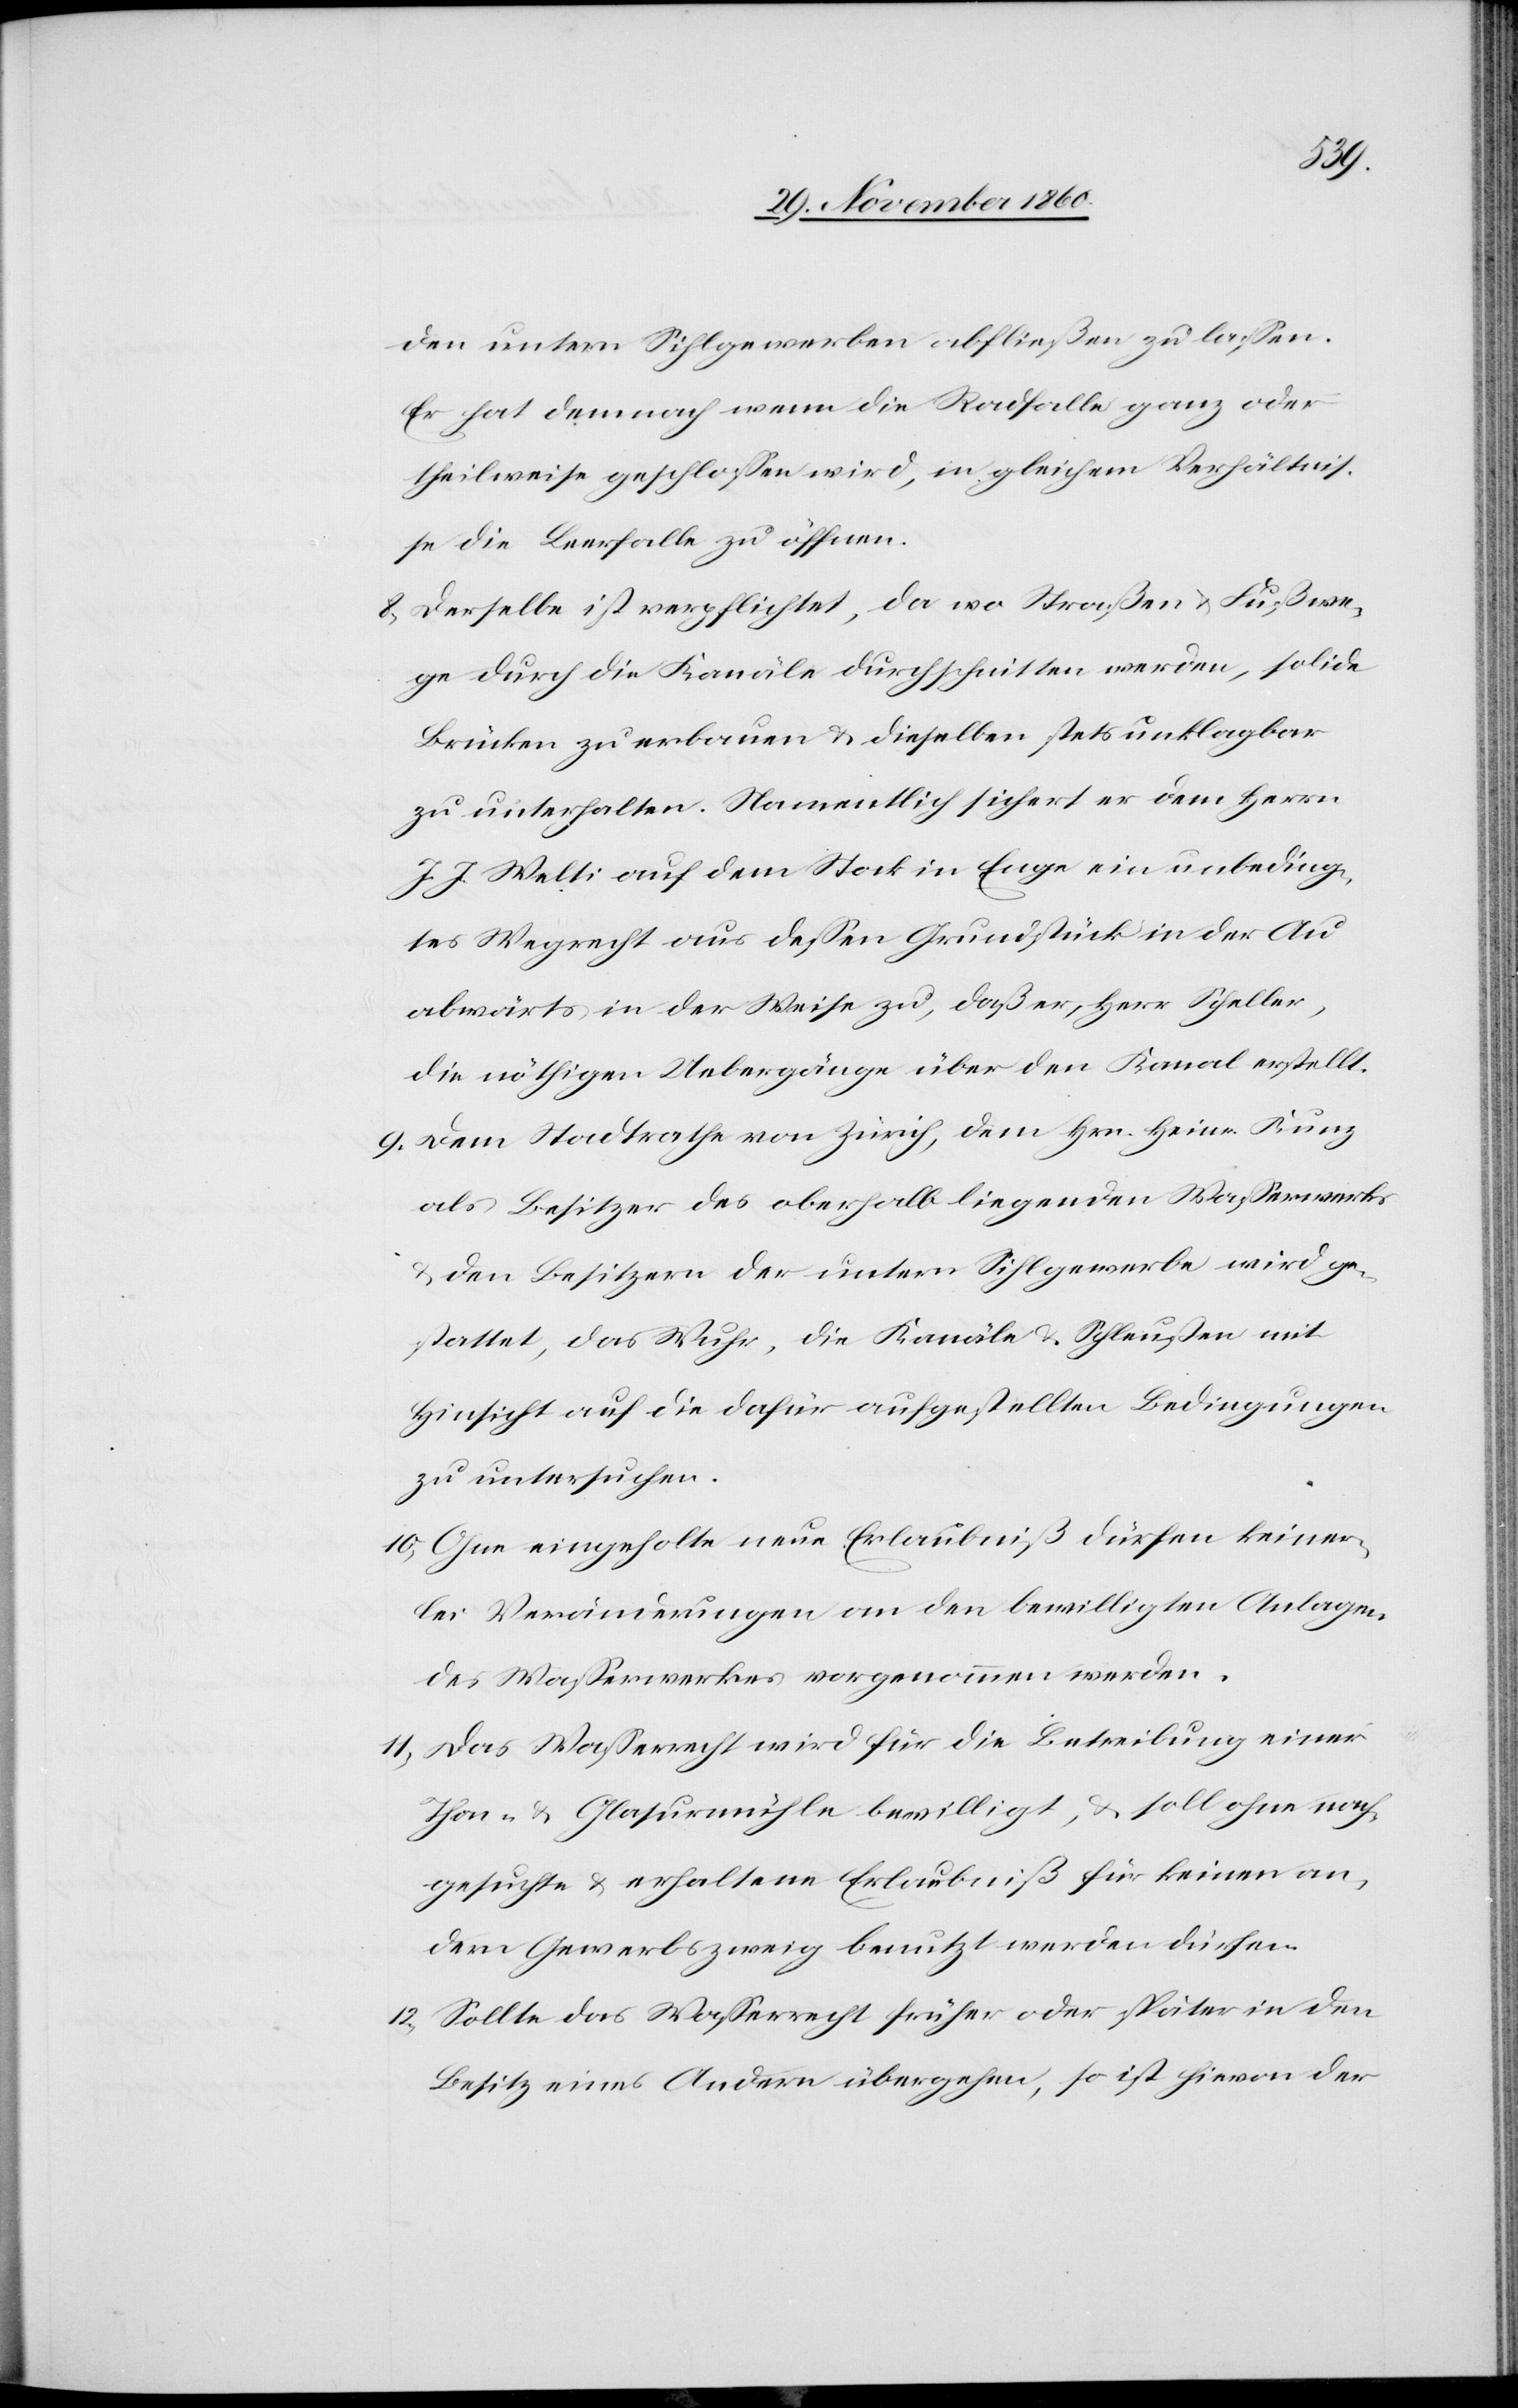
den untern Sihlgewerben abfließen zu lassen.
Er hat demnach wenn die Radfalle ganz oder
theilweise geschlossen wird, in gleichem Verhältnis¬
se die Leerfalle zu öffnen.
6. Derselbe ist verpflichtet, da wo Straßen u. Fußwe¬
ge durch die Kanäle durchschnitten werden, solide
Brücken zu erbauen u. dieselben stets unklagbar
zu unterhalten. Namentlich sichert er dem Herrn
J. J. Welti auf dem Stock in Enge ein unbeding¬
tes Wegrecht aus dessen Grundstück in der Au
abwärts in der Weise zu, daß er, Herr Scheller,
die nöthigen Uebergänge über den Kanal erstellt.
9. Dem Stadtrathe von Zürich, dem Hrn. Heinr. Kunz
als Besitzer des oberhalb liegenden Wasserwerkes
u. den Besitzern der untern Sihlgewerbe wird ge¬
stattet, das Wuhr, die Kanale u. Schleußen mit
Hinsicht auf die dafür aufgestellten Bedingungen
zu untersuchen.
10. Ohne eingeholte neue Erlaubniß dürfen keiner¬
lei Veränderungen an den bewilligten Anlagen
des Wasserwerkes vorgenommen werden.
11. Das Wasserrecht wird für die Betreibung einer
Thon- u. Glasurmühle bewilligt, u. soll ohne nach¬
gesuchte u. erhaltene Erlaubniß für keinen an¬
dern Gewerbszweig benutzt werden dürfen.
12. Sollte das Wasserrecht früher oder später in den
Besitz eines Andern übergehen, so ist hievon der